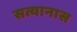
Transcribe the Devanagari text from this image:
सत्यानास